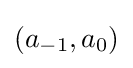
(a_{-1},a_{0})